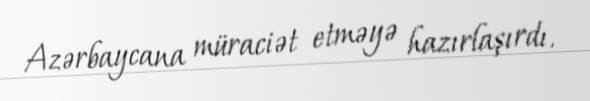
Azərbaycana müraciət etməyə hazırlaşırdı.